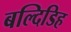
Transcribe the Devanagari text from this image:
बल्दिडिह